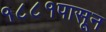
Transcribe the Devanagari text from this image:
१८८१पासून